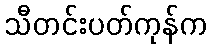
သီတင်းပတ်ကုန်က